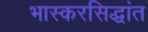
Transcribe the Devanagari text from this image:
भास्करसिद्धांत